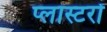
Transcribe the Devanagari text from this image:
प्लास्टरों